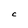
Character: C